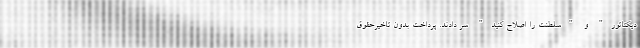
دیکتاتور" و "سلطنت را اصلاح کنید" سر دادند. پرداخت بدون تاخیرحقوق